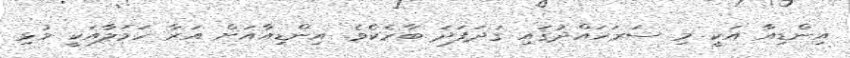
އިންޑިއާ އަކީ މި ސަރަހައްދުގައި ގަދަފަދަ ބާރެކެވެ. އިންޑިއާއަށް އަރާ ހަމަލާއަކީ މުޅި